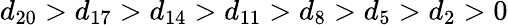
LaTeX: d_{20}>d_{17}>d_{14}>d_{11}>d_{8}>d_{5}>d_{2}>0